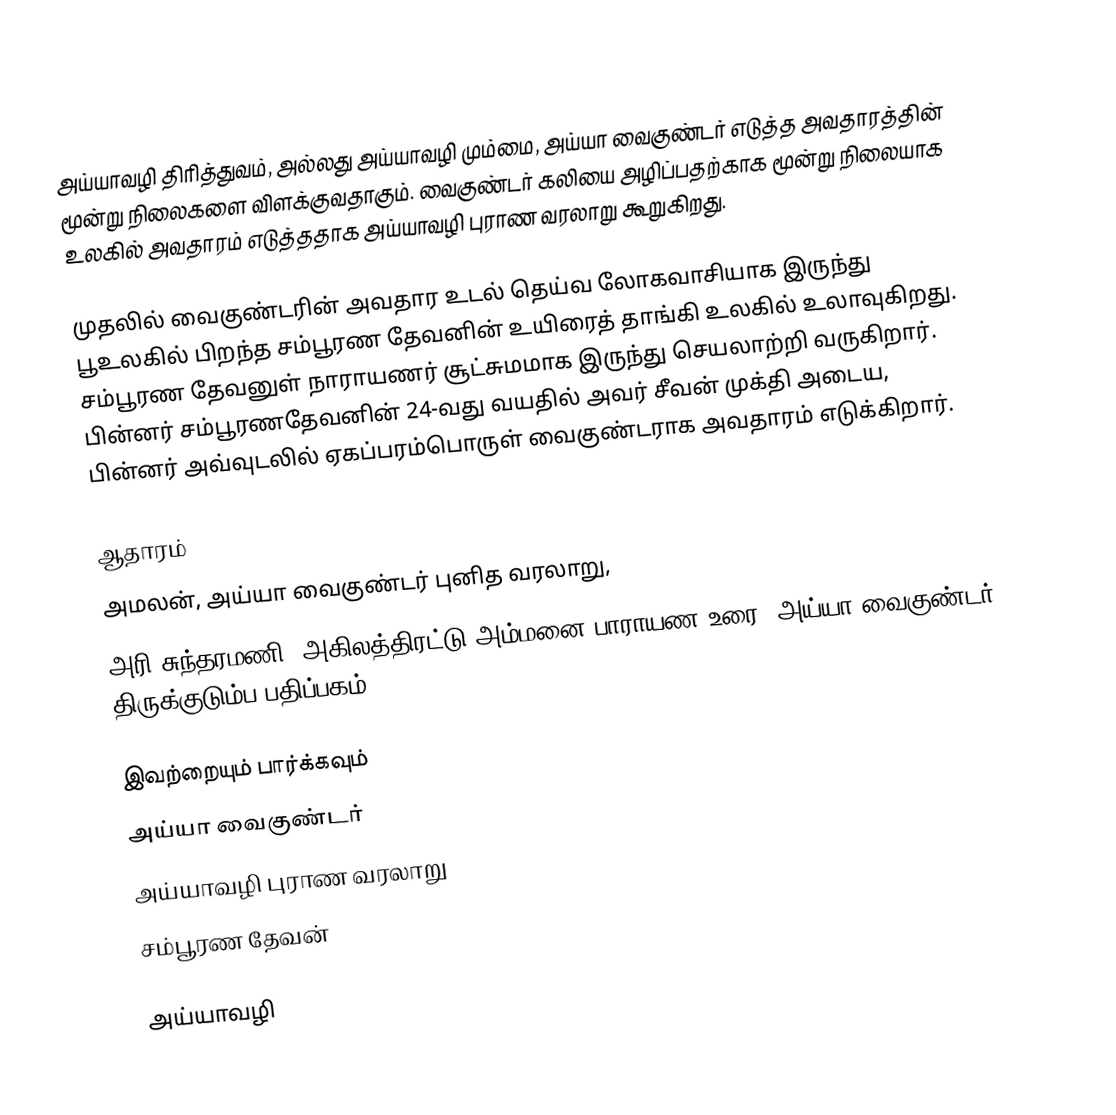
அய்யாவழி திரித்துவம், அல்லது அய்யாவழி மும்மை, அய்யா வைகுண்டர் எடுத்த அவதாரத்தின் மூன்று நிலைகளை  விளக்குவதாகும். வைகுண்டர் கலியை அழிப்பதற்காக மூன்று நிலையாக உலகில் அவதாரம் எடுத்ததாக அய்யாவழி புராண வரலாறு கூறுகிறது.

முதலில் வைகுண்டரின் அவதார உடல் தெய்வ லோகவாசியாக இருந்து பூஉலகில் பிறந்த சம்பூரண தேவனின் உயிரைத் தாங்கி உலகில் உலாவுகிறது. சம்பூரண தேவனுள் நாராயணர் சூட்சுமமாக இருந்து செயலாற்றி வருகிறார். பின்னர் சம்பூரணதேவனின் 24-வது வயதில் அவர் சீவன் முக்தி அடைய, பின்னர் அவ்வுடலில் ஏகப்பரம்பொருள் வைகுண்டராக அவதாரம் எடுக்கிறார்.

ஆதாரம்
 அமலன், அய்யா வைகுண்டர் புனித வரலாறு,
 அரி சுந்தரமணி, அகிலத்திரட்டு அம்மனை பாராயண உரை, அய்யா வைகுண்டர் திருக்குடும்ப பதிப்பகம், 2002.

இவற்றையும் பார்க்கவும்
 அய்யா வைகுண்டர்
 அய்யாவழி புராண வரலாறு
 சம்பூரண தேவன்

அய்யாவழி